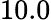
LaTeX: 10.0